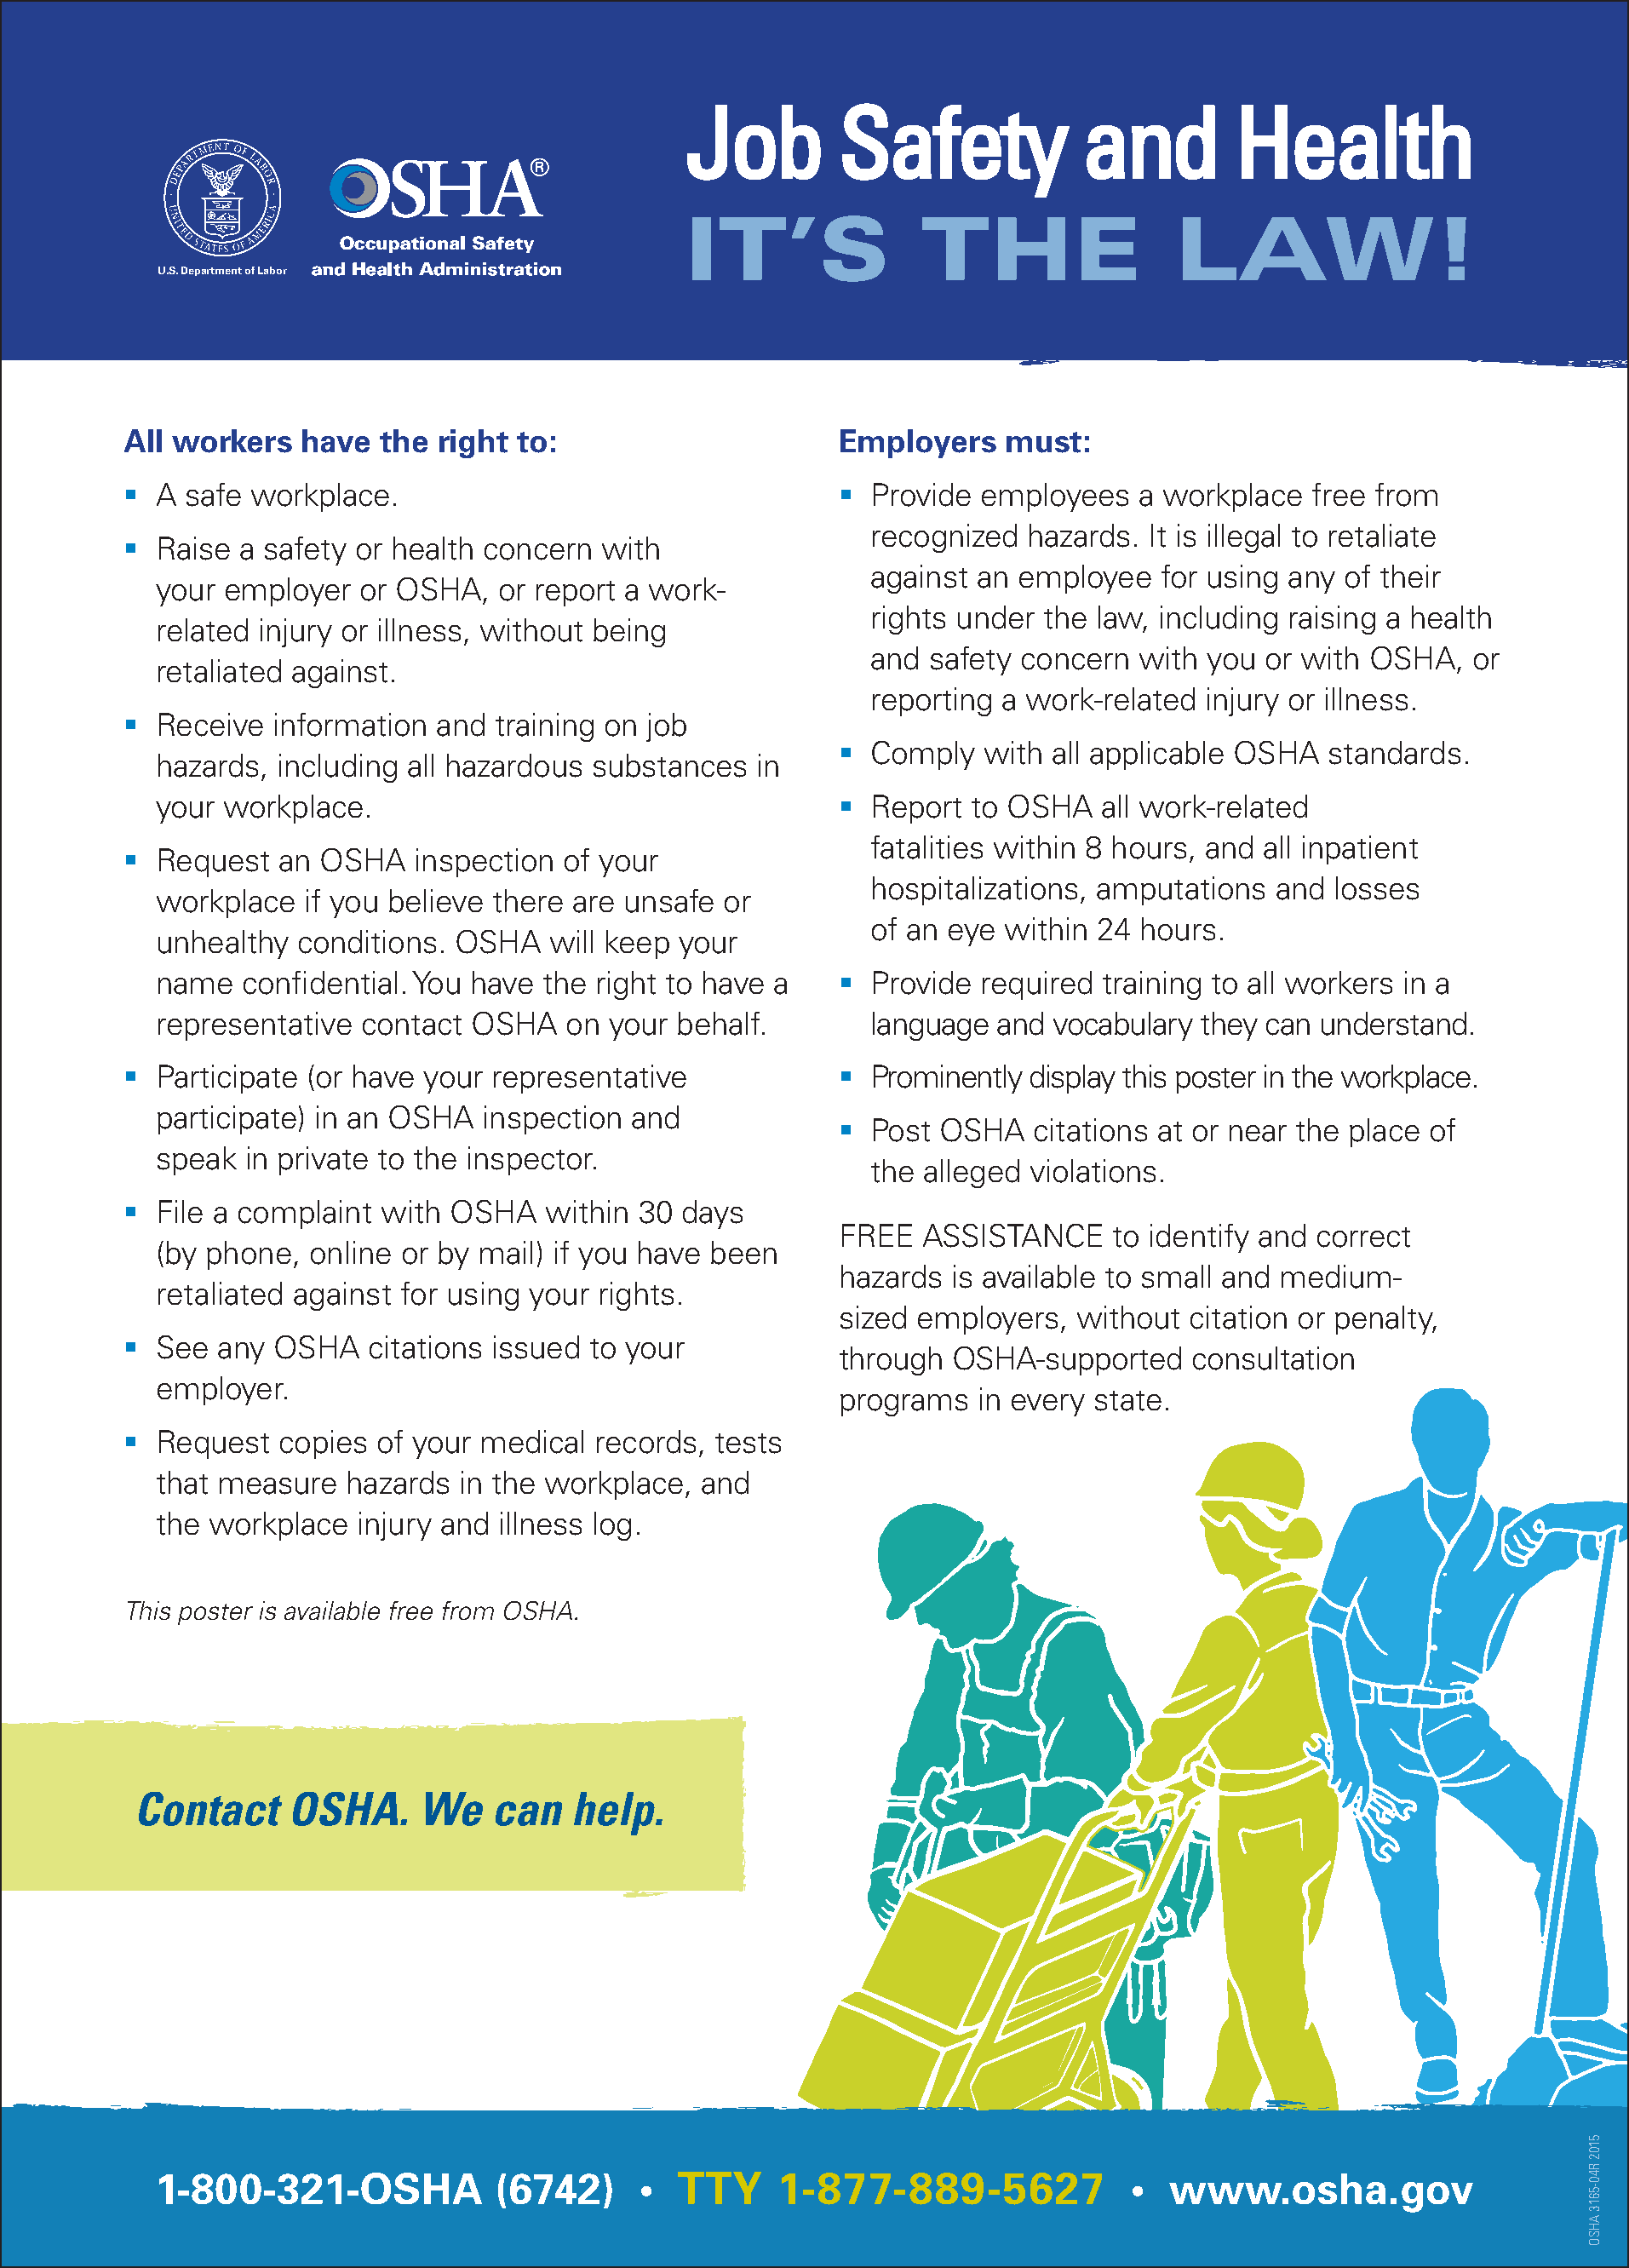
Job         Safety             and         Health
 IT’S              THE                 LAW!
 U.S. Department of Labor
 All workers  have   the right to:                      Employers    must:
  A safe workplace.                                      Provide employees    a workplace  free from
 recognized  hazards. It is illegal to retaliate
  Raise  a safety or health concern  with
 against an employee   for using any  of their
 your employer   or OSHA,   or report a work-
 rights under the law, including raising a health
 related injury or illness, without being
 and safety concern   with you or with OSHA,   or
 retaliated against.
 reporting a work-related  injury or illness.
  Receive  information  and training on job
   Comply  with  all applicable OSHA  standards.
 hazards,  including all hazardous substances   in
 your workplace.                                        Report to OSHA    all work-related
 fatalities within 8 hours, and all inpatient
  Request   an OSHA   inspection  of your
 hospitalizations, amputations  and  losses
 workplace   if you believe there are unsafe or
 of an eye within 24  hours.
 unhealthy  conditions. OSHA    will keep your
 name   confidential. You have the right to have a      Provide required  training to all workers in a
 representative  contact  OSHA   on your  behalf.        language and  vocabulary they can  understand.
  Participate (or have your representative               Prominently display this poster in the workplace.
 participate) in an OSHA  inspection  and
   Post OSHA   citations at or near the place of
 speak  in private to the inspector.
 the alleged violations.
  File a complaint  with OSHA   within  30 days
 FREE   ASSISTANCE    to identify and correct
 (by phone,  online or by mail) if you have been
 hazards  is available to small and medium-
 retaliated against for using your rights.
 sized employers,   without citation or penalty,
  See  any OSHA    citations issued to your
 through  OSHA-supported     consultation
 employer.
 program  s in every state.
  Request   copies of your medical  records,  tests
 that measure   hazards  in the workplace, and
 the workplace   injury and illness log.
 This poster is available free from OSHA.
 Contact     OSHA.      We   can   help.
 1-800-321-OSHA            (6742)      •  TTY    1-877-889-5627              •  www.osha.gov
 5102
 R40-5613
 AHSO